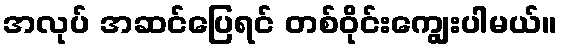
အလုပ် အဆင်ပြေရင် တစ်ဝိုင်းကျွေးပါမယ်။